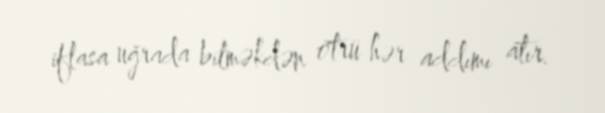
iflasa uğrada bilməkdən ötrü hər addımı atır.